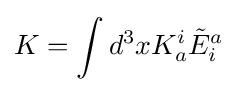
K=\int d^{3}xK_{a}^{i}{\tilde {E}}_{i}^{a}